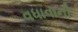
વધાવાની